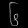
Digit: ၆